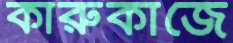
কারুকাজে